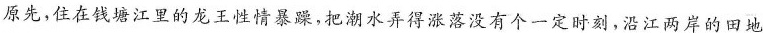
原先，住在钱塘江里的龙王性情暴躁，把潮水弄得涨落没有个一定时刻，沿江两岸的田地